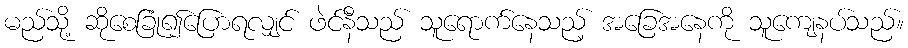
မည်သို့ ဆိုစေခြုံ၍ပြောရလျှင် ဖဲင်နီသည် သူရောက်နေသည့် အခြေအနေကို သူကျေနပ်သည်။